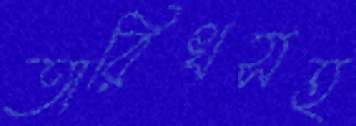
তারিখসহ